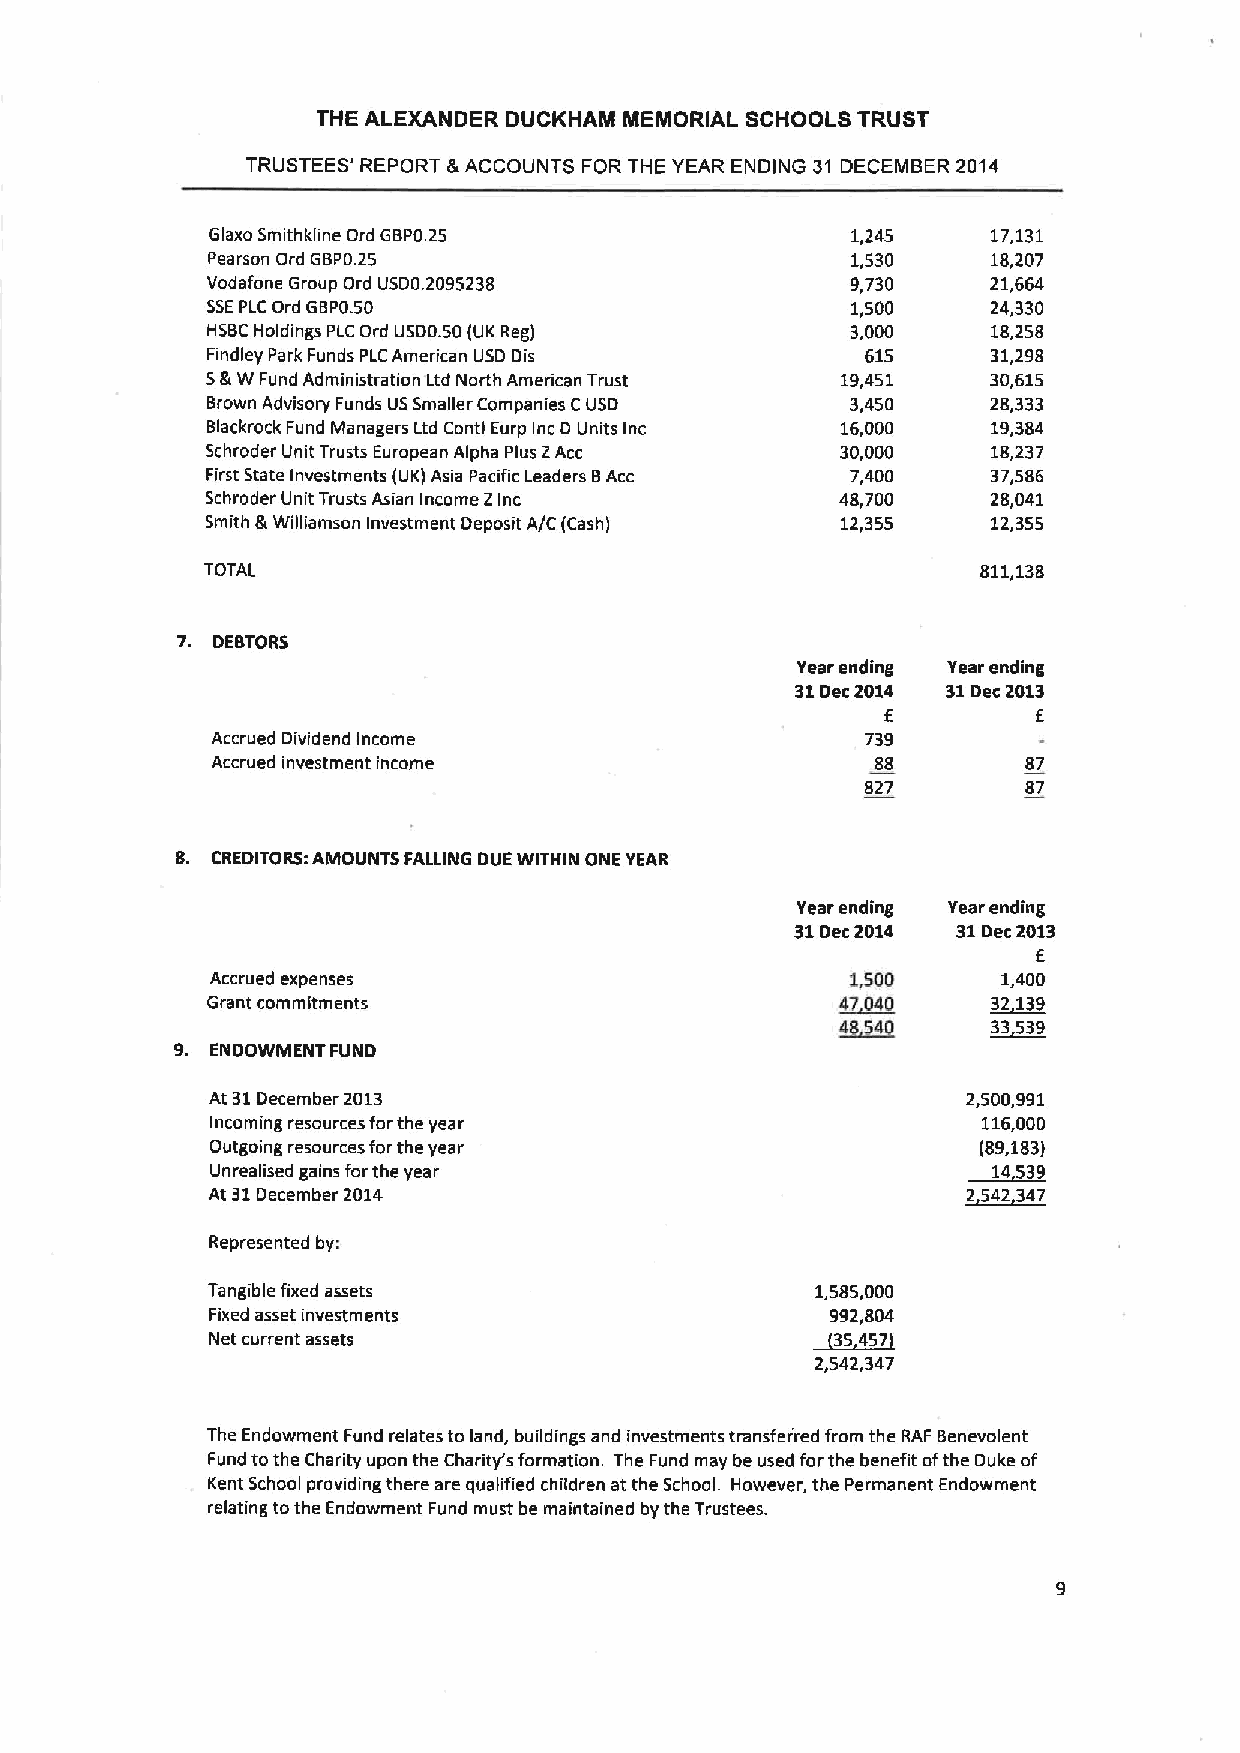
THE ALEXANDER DUCKHAM MEMORIAL SCHOOLS TRUST
 TRUSTEES' REPORT 8 ACCOUNTS FOR THE YEAR ENDING 31 DECEMBER 2014
 Glaxo Smithkline Ord GBP0.25              1,245     17,131
 Pearson Ord GBP0.25                       1,530     18,207
 Vodafone Group Ord USD0.2095238           9,730     21,664
 55EPL COrd G8P0.50                        1,500     24,330
 HSBCHoldings PLC Ord USD0.50IUK Reg)      3,000     18,258
 Findley Park Funds PLCAmerican USD Dis     615      31,298
 5&W Fund Administration Ltd North American Trust 19,451 30,615
 Brown Advisory Funds USSmaller Companies CUSD 3,450 28,333
 Blackrock Fund Managers Ltd Conti Eurp inc D Units inc 16,000 19,384
 Schroder Unit Trusts European Alpha Plus 2Acc 30,000 18,237
 First State Investments IUK) Asia Pacific Leaders 8Acc 7,400 37,586
 Schroder Unit Trusts Asian Income 2inc    48,700    28,041
 Smith &Williamson Investment Deposit A/C )Cash) 12,355 12,355
 TOTAL                                              811,138
 7. DEBTORS
 Year ending Year ending
 31Dec2014 31Dec 2013
 E         E
 Accrued Dividend Income                    739
 Accrued investment income                   88        87
 827        87
 8. CREDITORS:AMOUNTS FALLING DUE WITHIN ONE YEAR
 Year ending Year ending
 31Dec2014 31Dec2013
 E
 Accrued expenses                          1,500     1,400
 Grant commitments                         47040     32 139
 4854D     3~3539
 9. ENDOWMENT FUND
 At 31December 2013                                2,500,991
 Incoming resources forthe year                     116,000
 Outgoing resources forthe year                     I89,183)
 Unrealised gains forthe year                        14539
 At 31December 2014                                ~2542 347
 Represented by:
 Tangible fixed assets                   1,585,000
 Fixed asset investments                  992,804
 Net current assets                      ~35457
 2,542,347
 The Endowment Fund relates to land, buildings and investments transferred from the RAF Benevolent
 Fund tothe Charity upon the Charity's formation. The Fund may be used forthe benefit ofthe Duke of
 Kent School providing there are qualified children at the School. However, the Permanent Endowment
 relating tothe Endowment Fund must be maintained by the Trustees.